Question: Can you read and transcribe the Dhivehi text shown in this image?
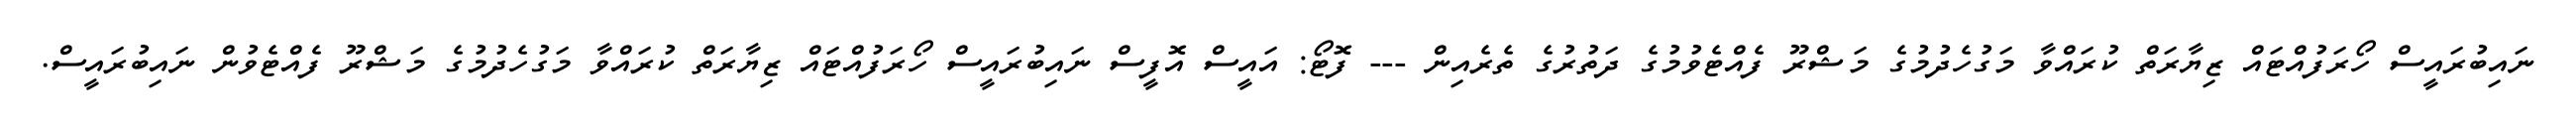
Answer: ނައިބުރައީސް ހޯރަފުއްޓައް ޒިޔާރަތް ކުރައްވާ މަގުހެދުމުގެ މަޝްރޫ ފެއްޓެވުމުގެ ދަތުރުގެ ތެރެއިން --- ފޮޓޯ: އައީސް އޮފީސް ނައިބުރައީސް ހޯރަފުއްޓައް ޒިޔާރަތް ކުރައްވާ މަގުހެދުމުގެ މަޝްރޫ ފެއްޓެވުން ނައިބުރައީސް.